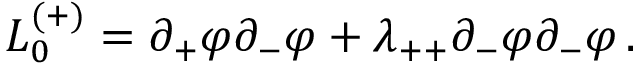
{ \cal L } _ { 0 } ^ { ( + ) } = \partial _ { + } \varphi \partial _ { - } \varphi + \lambda _ { + + } \partial _ { - } \varphi \partial _ { - } \varphi \, .